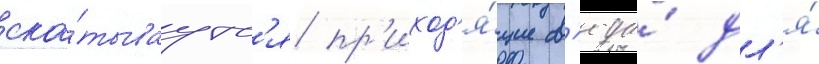
ска́тываутс'я пр'иход'я́щие с'юда́ дл'я́